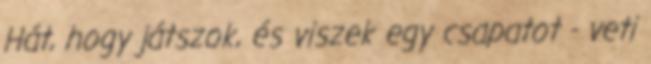
Hát, hogy játszok, és viszek egy csapatot - veti